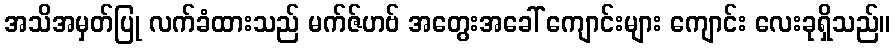
အသိအမှတ်ပြု လက်ခံထားသည် မက်ဇ်ဟဗ် အတွေးအခေါ် ကျောင်းများ ကျောင်း လေးခုရှိသည်။